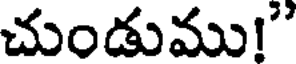
చుండుము!"